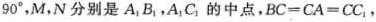
90°$$，M，N分别是A_{1} B_{1}；A_{1}B_{1}的中点，$$B C = C A = C C\_{1}$$，